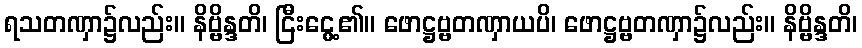
ရသတဏှာ၌လည်း။ နိဗ္ဗိန္ဒတိ၊ ငြီးငွေ့၏။ ဖောဋ္ဌဗ္ဗတဏှာယပိ၊ ဖောဋ္ဌဗ္ဗတဏှာ၌လည်း။ နိဗ္ဗိန္ဒတိ၊